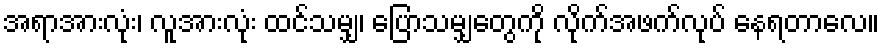
အရာအားလုံး၊ လူအားလုံး ထင်သမျှ၊ ပြောသမျှတွေကို လိုက်အဖက်လုပ် နေရတာလေ။